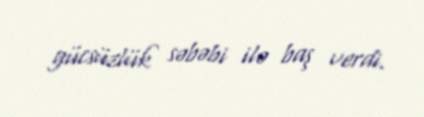
gücsüzlük səbəbi ilə baş verdi.